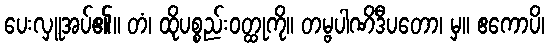
ပေးလှူအပ်၏။ တံ၊ ထိုပစ္စည်းဝတ္ထုကို။ တမ္ဗပါဏိဒီပတော၊ မှ။ ဧကောပိ၊